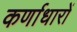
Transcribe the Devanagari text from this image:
कर्णाधारों